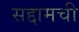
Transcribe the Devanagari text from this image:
सद्दामची